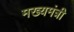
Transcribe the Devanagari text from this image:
मख्यमंत्री